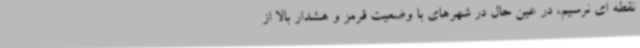
نقطه ای نرسیم، در عین حال در شهرهای با وضعیت قرمز و هشدار بالا از